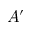
A ^ { \prime }